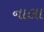
નાલા